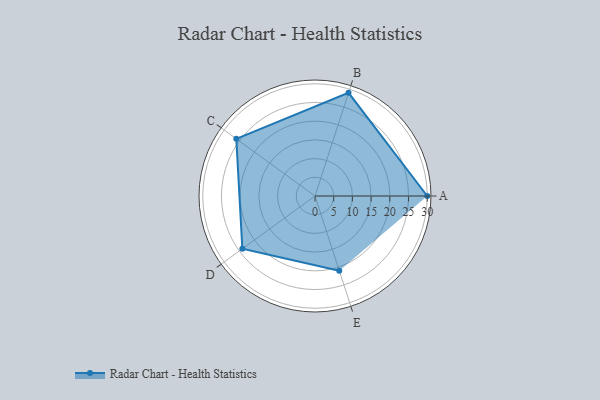
{"axis": {"x": "Skill", "y": "Score"}, "legend": ["Profile"], "data": [{"x": "A", "y": 30.0, "type": "Profile"}, {"x": "B", "y": 29.0, "type": "Profile"}, {"x": "C", "y": 26.0, "type": "Profile"}, {"x": "D", "y": 24.0, "type": "Profile"}, {"x": "E", "y": 21.0, "type": "Profile"}]}